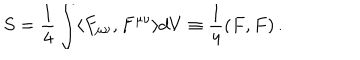
LaTeX: S = \frac { 1 } { 4 } \int \langle F _ { \mu \nu } , F ^ { \mu \nu } \rangle d V \equiv \frac { 1 } { 4 } ( F , F ) \, .